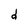
Character: d